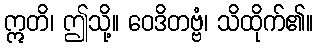
ဣတိ၊ ဤသို့။ ဝေဒိတဗ္ဗံ၊ သိထိုက်၏။